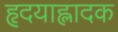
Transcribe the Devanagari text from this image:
हृदयाह्लादक